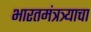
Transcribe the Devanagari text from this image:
भारतमंत्रत्र्याचा